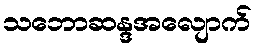
သဘောဆန္ဒအလျောက်